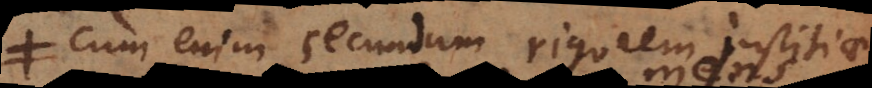
Cum enim secundum rigorem justitiae